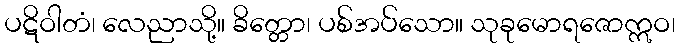
ပဋိဝါတံ၊ လေညာသို့။ ခိတ္တော၊ ပစ်အပ်သော။ သုခုမောရဇောဣဝ၊